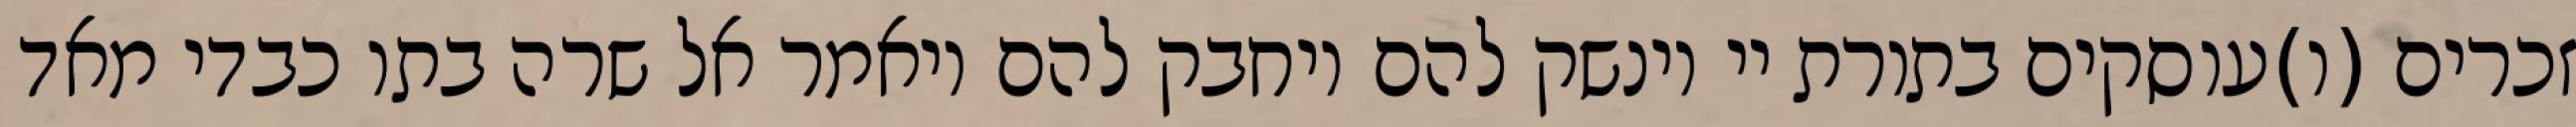
זכרים (ו)עוסקים בתורת יי וינשק להם ויחבק להם ויאמר אל שרה בתו כבדי מאד